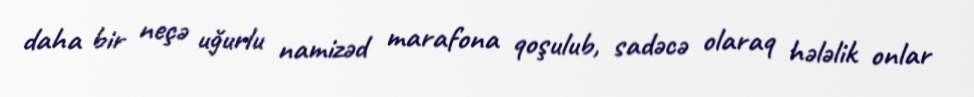
daha bir neçə uğurlu namizəd marafona qoşulub, sadəcə olaraq hələlik onlar